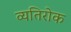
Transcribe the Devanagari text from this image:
व्यतिरोक